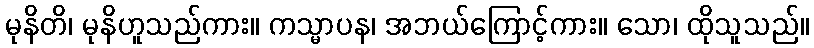
မုနိတိ၊ မုနိဟူသည်ကား။ ကသ္မာပန၊ အဘယ်ကြောင့်ကား။ သော၊ ထိုသူသည်။